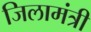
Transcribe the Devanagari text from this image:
जिलामंत्री